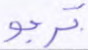
ترجو